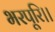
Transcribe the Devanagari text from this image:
भरपूरि।।